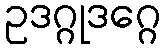
ဥဒဂ္ဂုဒဂ္ဂေ